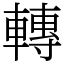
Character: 轉